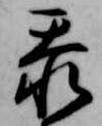
忝